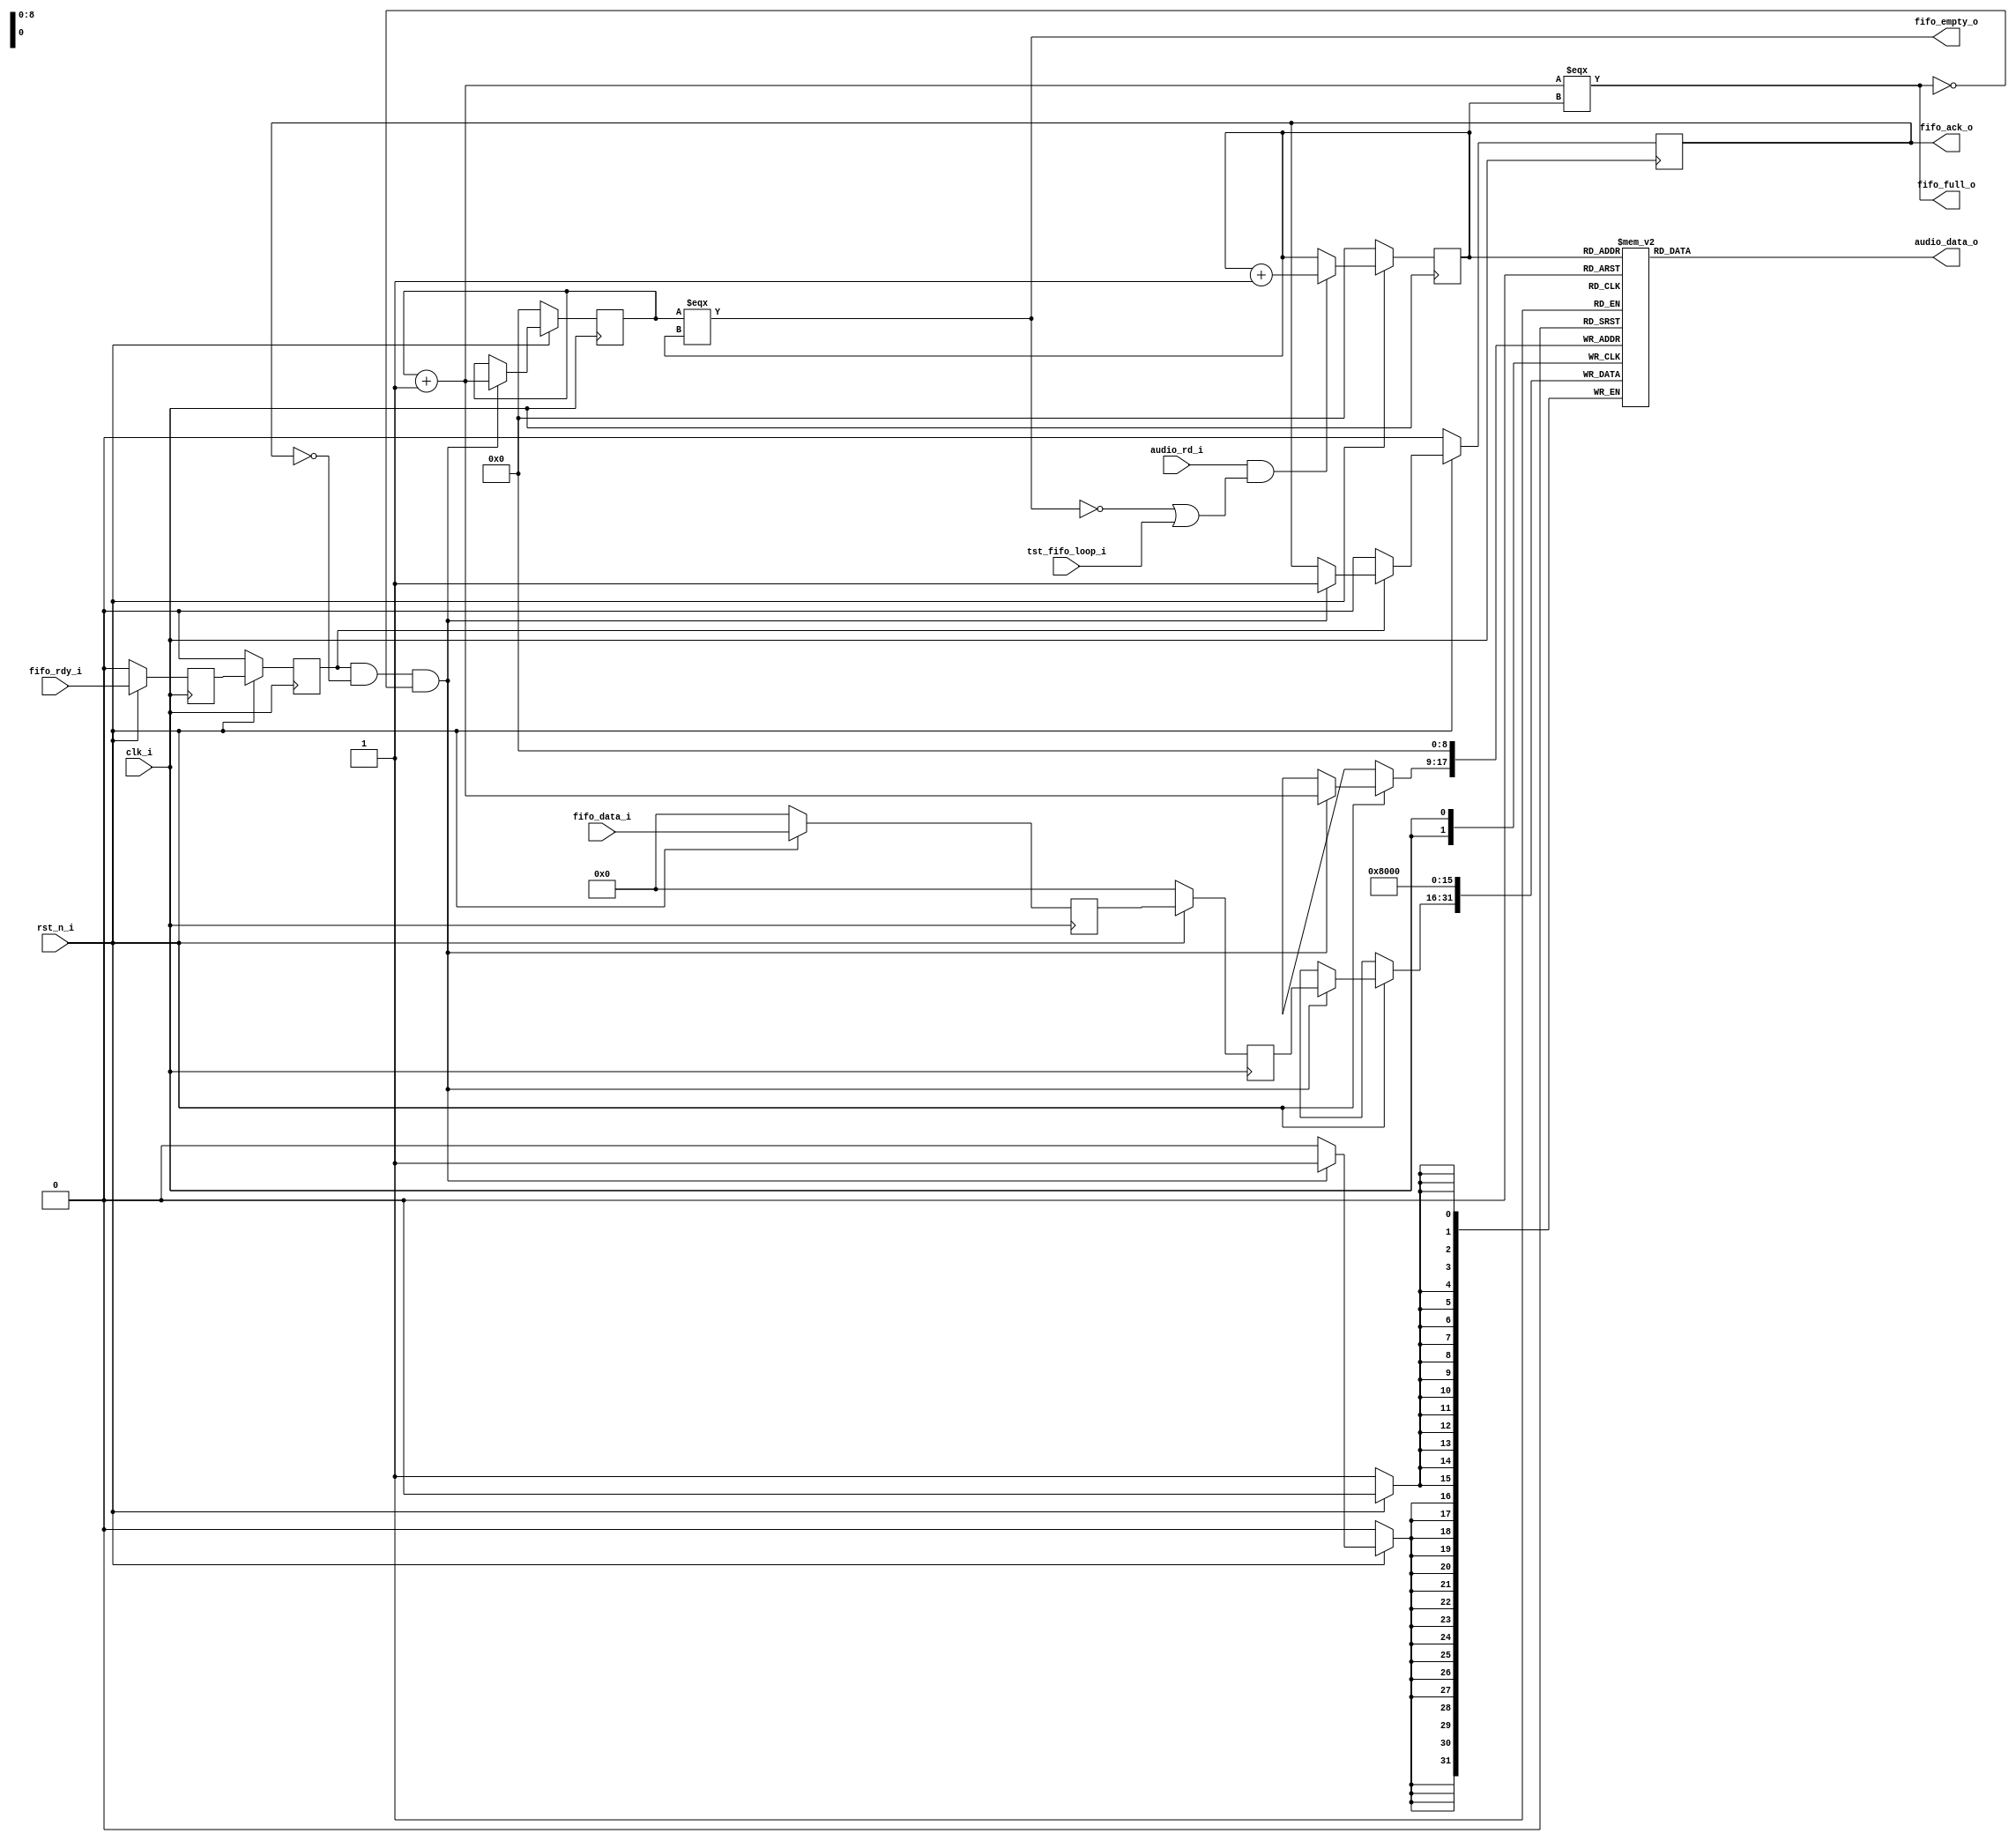
/*
* SPDX-FileCopyrightText: 2022 Harald Pretl
* Johannes Kepler University, Institute for Integrated Circuits
*
* Licensed under the Apache License, Version 2.0 (the "License");
* you may not use this file except in compliance with the License.
* You may obtain a copy of the License at
*
*      http://www.apache.org/licenses/LICENSE-2.0
*
* Unless required by applicable law or agreed to in writing, software
* distributed under the License is distributed on an "AS IS" BASIS,
* WITHOUT WARRANTIES OR CONDITIONS OF ANY KIND, either express or implied.
* See the License for the specific language governing permissions and
* limitations under the License.
* SPDX-License-Identifier: Apache-2.0
*
* AUDIODAC_FIFO -- Generic FIFO design for use with delta-sigma modulator
*/

`default_nettype none
`ifndef __AUDIODAC_FIFO
`define __AUDIODAC_FIFO

module audiodac_fifo
	#(parameter AUDIO_WIDTH=16, FIFO_SIZE=9, FIFO_ASYNC=1) (
	// 0=sync, 1=async write I/F

	input 		[AUDIO_WIDTH-1:0]	fifo_data_i,
	input					fifo_rdy_i,
	// note that fifo_rdy_i/fifo_data_i can originate from an asynchronous
	// clk domain, so potentially needs to be synchronized; 
	// use FIFO_ASYNC to select the proper behaviour
	output reg				fifo_ack_o,
	output wire				fifo_full_o,
	output wire				fifo_empty_o,

	output wire	[AUDIO_WIDTH-1:0]	audio_data_o,
	input					audio_rd_i,
	
	input					rst_n_i,
	input					clk_i,

	input					tst_fifo_loop_i
);

	reg		[FIFO_SIZE-1:0]		read_ptr, write_ptr;
	wire		[FIFO_SIZE-1:0]		next_write;
	reg		[AUDIO_WIDTH-1:0]	fifo_reg[0:(1<<FIFO_SIZE)-1];

	// needed for asynch. I/F synchronization (use 2 stages)
	reg     				fifo_rdy_del1, fifo_rdy_del2;
	reg		[AUDIO_WIDTH-1:0]	fifo_data_del1, fifo_data_del2;


	assign fifo_full_o = (next_write === read_ptr);
	assign fifo_empty_o = (write_ptr === read_ptr);

	assign audio_data_o = fifo_reg[read_ptr];
	assign next_write = write_ptr + 1'b1;

	wire _fifo_rdy = FIFO_ASYNC ? fifo_rdy_del2 : fifo_rdy_i;
	wire [AUDIO_WIDTH-1:0] _fifo_data = FIFO_ASYNC ? fifo_data_del2 : fifo_data_i;

	always @(posedge clk_i) begin
		if (!rst_n_i) begin
			// reset all registers
			fifo_ack_o <= 1'b0;
			read_ptr <= {FIFO_SIZE{1'b0}};
			write_ptr <= {FIFO_SIZE{1'b0}};

			// for FIFO only first entry needs reset, so that
			// first read is OK
			// reset to midscale of UINT
              		fifo_reg[0] <= {1'b1,{(AUDIO_WIDTH-1){1'b0}}};

			fifo_rdy_del1 <= 1'b0;
			fifo_rdy_del2 <= 1'b0;
			fifo_data_del1 <= {AUDIO_WIDTH{1'b0}};
			fifo_data_del2 <= {AUDIO_WIDTH{1'b0}};
		end else begin
                       	// use two stages to sync-in fifo_rdy_i
                       	fifo_rdy_del2 <= fifo_rdy_del1;
                       	fifo_rdy_del1 <= fifo_rdy_i;
                       	// use two stages to sync-in fifo_data_i
                       	fifo_data_del2 <= fifo_data_del1;
                       	fifo_data_del1 <= fifo_data_i;

			// manage the FIFO read process, if audio_rd is asserted
			// the read pointer location is increased, as long as
			// the FIFO is not empty
			if (audio_rd_i && (!fifo_empty_o || tst_fifo_loop_i))
				read_ptr <= read_ptr + 1'b1;
		
			// manage the FIFO write process. if fifo_rdy is
			// asserted, and the FIFO is not full, and no pending ack,
			// then the write pointer is increased and the datum is 
			// written into the FIFO. further ack is asserted
			if (_fifo_rdy && !fifo_ack_o && !fifo_full_o) begin
				write_ptr <= next_write;
				fifo_reg[next_write] <= _fifo_data;
				fifo_ack_o <= 1'b1;
			end

			if (!_fifo_rdy)
				fifo_ack_o <= 1'b0;
		end
	end

endmodule // audiodac_fifo

`endif
`default_nettype wire